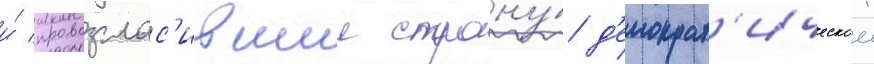
и́ провозглас'ившии страну́ д'емократ'ическои